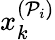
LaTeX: x_{k}^{(\mathcal{P}_{i})}